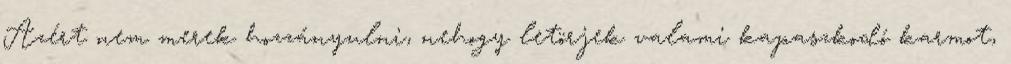
Azért nem merek hozzányulni, nehogy letörjek valami kapaszkodó karmot,